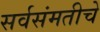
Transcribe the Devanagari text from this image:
सर्वसंमतीचे